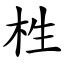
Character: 栍